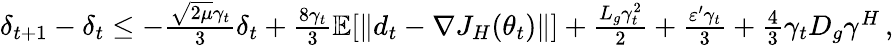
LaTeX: \begin{array}{r}{\delta_{t+1}-\delta_{t}\leq-\frac{\sqrt{2\mu}\gamma_{t}}{3}\delta_{t}+\frac{8\gamma_{t}}{3}\mathbb E[\left\| d_{t}-\nabla J_{H}(\theta_{t})\right\| ]+\frac{L_{g}\gamma_{t}^{2}}{2}+\frac{\varepsilon^{\prime}\gamma_{t}}{3}+\frac{4}{3}\gamma_{t}D_{g}\gamma^{{H}}\, ,}\end{array}